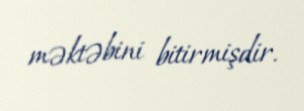
məktəbini bitirmişdir.